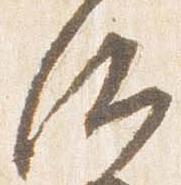
后